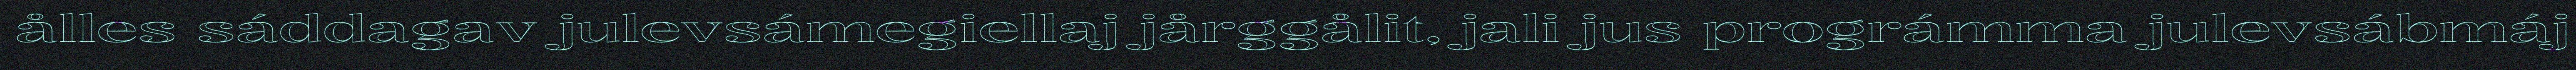
ålles sáddagav julevsámegiellaj jårggålit, jali jus prográmma julevsábmáj